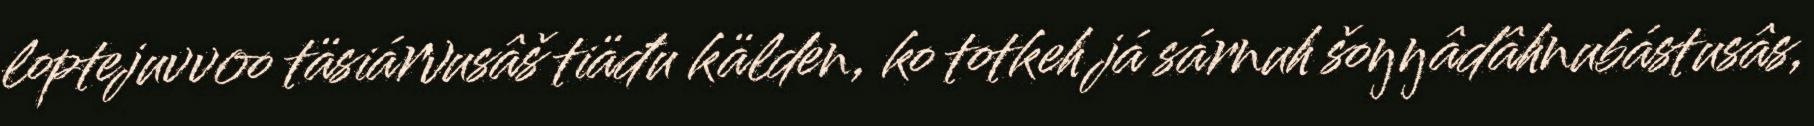
loptejuvvoo täsiárvusâš tiäđu kälden, ko totkeh já sárnuh šoŋŋâdâhnubástusâs,